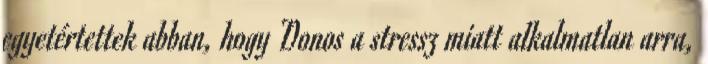
egyetértettek abban, hogy Donos a stressz miatt alkalmatlan arra,